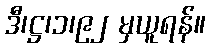
ဒီ၊ဋ္ဌ၊၁၊၉၂ မှယူရန်။